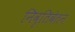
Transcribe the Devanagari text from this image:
निवृतिवेतन